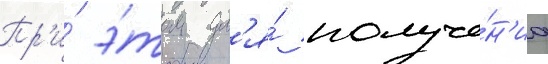
Пр'и́ э́том дл'я́ получе́н'иа